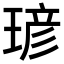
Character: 𪻾